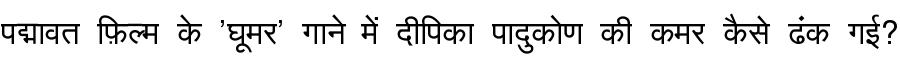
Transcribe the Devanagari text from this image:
पद्मावत फ़िल्म के 'घूमर' गाने में दीपिका पादुकोण की कमर कैसे ढंक गई?